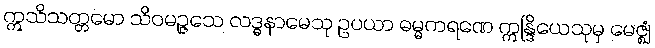
ဣသိသတ္တမော သိဝမဉ္ဇသေ လဒ္ဓနာမေသု ဥပယာ ဓမ္မကရဏေ ဣန္ဒြိယေသုမှ မေဇ္ဈံ